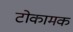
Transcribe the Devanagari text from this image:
टोकामक